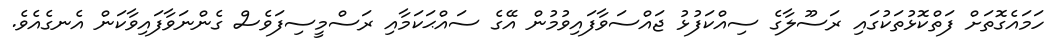
ހަމައެގޮތަށް ފަތްކޮޅުތަކުގައި ރަސޫލާގެ ސިއްކަފުޅު ޖައްސަވާފައިވުމުން އޭގެ ސައްޙަކަމާއި ރަސްމީސިފަވެސް ގެންނަވާފައިވާކަން އެނގެއެވެ.